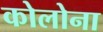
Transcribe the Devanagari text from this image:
कोलोना